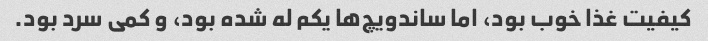
کیفیت غذا خوب بود، اما ساندویچ‌ها یکم له شده بود، و کمی سرد بود.